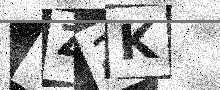
Text: TZ2K